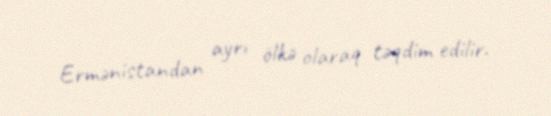
Ermənistandan ayrı ölkə olaraq təqdim edilir.